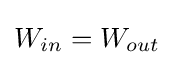
W_{in}=W_{out}